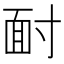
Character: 𩈃